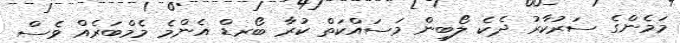
މަމެންގެ ސަރުކާރު ދެކެ ލޯބިން މަސައްކަތް ކުރާ ބޯރޑް އެންމެ މެމްބަރެއް ވެސް